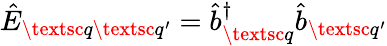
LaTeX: \hat{E}_{\textsc{q}\textsc{q}^{\prime}}=\hat{b}_{\textsc{q}}^{\dagger}\hat{b}_{\textsc{q}^{\prime}}